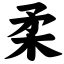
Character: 柔